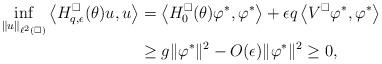
LaTeX: \begin{align*} \inf_{\|u\|_{\ell^2(\square)}} \left \langle H_{q, \epsilon}^\square(\theta) u,u \right \rangle &= \left \langle H_0^\square(\theta) \varphi^*, \varphi^* \right\rangle + \epsilon q \left\langle V^\square \varphi^*, \varphi^* \right\rangle \\& \geq g \|\varphi^* \|^2 - O(\epsilon)\|\varphi^*\|^2 \geq 0,\end{align*}